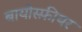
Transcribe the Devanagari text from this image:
बायोस्फ़ीयर